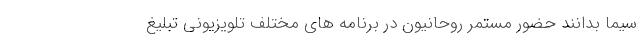
سیما بدانند حضور مستمر روحانیون در برنامه های مختلف تلویزیونی تبلیغ